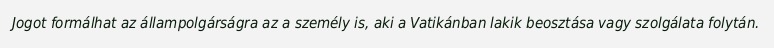
Jogot formálhat az állampolgárságra az a személy is, aki a Vatikánban lakik beosztása vagy szolgálata folytán.